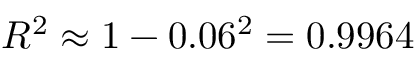
R ^ { 2 } \approx 1 - 0 . 0 6 ^ { 2 } = 0 . 9 9 6 4